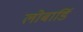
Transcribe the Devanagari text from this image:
लोबार्डि